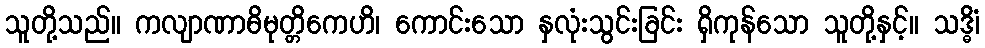
သူတို့သည်။ ကလျာဏာဓိမုတ္တိကေဟိ၊ ကောင်းသော နှလုံးသွင်းခြင်း ရှိကုန်သော သူတို့နှင့်။ သဒ္ဓိံ၊